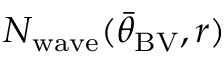
N _ { \mathrm { w a v e } } ( { \bar { \theta } } _ { \mathrm { B V } } , r )